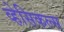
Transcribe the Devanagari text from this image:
व्हेसिकल्स